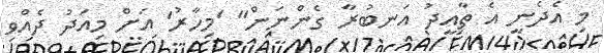
މި އެދެނީ އެ ތާއީދު އަނބުރާ ގެންނަން" 'މިހާރު' އަށް މިއަދު ދެއްވި